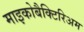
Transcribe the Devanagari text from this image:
माइकोबैक्टिरिअम